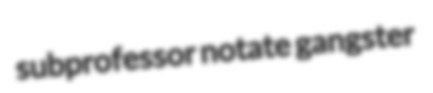
subprofessor notate gangster